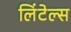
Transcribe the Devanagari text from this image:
लिंटेल्स